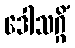
ဒေါသဂ္ဂိံ